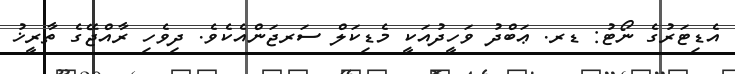
އެޑިޓަރުގެ ނޯޓު: ޑރ. ޢަބްދު ވަހީދުއަކީ މެޑިކަލް ސަރޖަންއެކެވެ. ދިވެހި ރާއްޖޭގެ ތާރީޚު